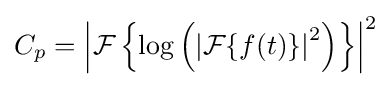
C_{p}=\left|{\mathcal {F}}\left\{\log \left(\left|{\mathcal {F}}\{f(t)\}\right|^{2}\right)\right\}\right|^{2}